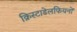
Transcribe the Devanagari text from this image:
क्रिस्टाडेलफियनों